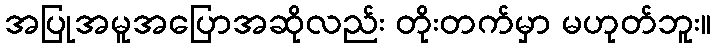
အပြုအမူအပြောအဆိုလည်း တိုးတက်မှာ မဟုတ်ဘူး။